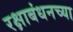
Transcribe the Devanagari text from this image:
रक्षाबंधनच्या